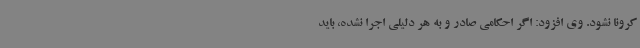
کرونا نشود. وی افزود: اگر احکامی صادر و به هر دلیلی اجرا نشده، باید